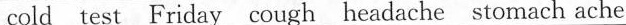
cold test Friday cough headache stomach ache